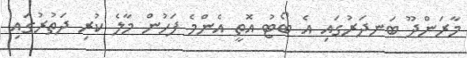
މާރަންދޫ ބަނދަރުގައި އެ ބޯޓު އޮތީ އެންމެ ފަހުން މާލެ ކުރި ދަތުރުގައި